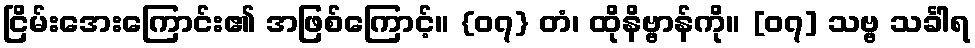
ငြိမ်းအေးကြောင်း၏ အဖြစ်ကြောင့်။ {၀၇} တံ၊ ထိုနိဗ္ဗာန်ကို။ [၀၇] သဗ္ဗ သင်္ခါရ